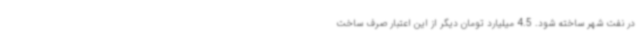
در نفت شهر ساخته شود. 4.5 میلیارد تومان دیگر از این اعتبار صرف ساخت